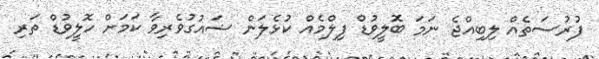
ފުރުސަތެއް ލިބިއްޖެ ނަމަ ބޮލީވުޑް ފިލްމެއް ކުޅެލަން ޝައުގުވެރިވާ ކަމަށް ހޮލީވުޑް ތަރި